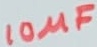
Text: 10µF